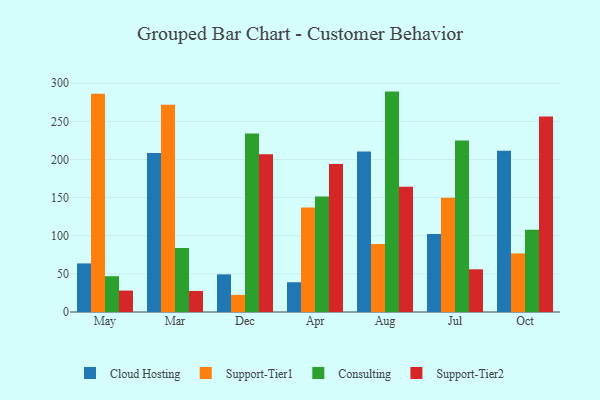
{"axis": {"x": "Month", "y": "Production Output"}, "legend": ["Cloud Hosting", "Consulting", "Support-Tier1", "Support-Tier2"], "data": [{"x": "May", "y": 63.7, "type": "Cloud Hosting"}, {"x": "May", "y": 286.3, "type": "Support-Tier1"}, {"x": "May", "y": 46.9, "type": "Consulting"}, {"x": "May", "y": 28.1, "type": "Support-Tier2"}, {"x": "Mar", "y": 208.4, "type": "Cloud Hosting"}, {"x": "Mar", "y": 271.7, "type": "Support-Tier1"}, {"x": "Mar", "y": 84.0, "type": "Consulting"}, {"x": "Mar", "y": 27.6, "type": "Support-Tier2"}, {"x": "Dec", "y": 49.4, "type": "Cloud Hosting"}, {"x": "Dec", "y": 22.4, "type": "Support-Tier1"}, {"x": "Dec", "y": 234.2, "type": "Consulting"}, {"x": "Dec", "y": 206.9, "type": "Support-Tier2"}, {"x": "Apr", "y": 39.0, "type": "Cloud Hosting"}, {"x": "Apr", "y": 136.9, "type": "Support-Tier1"}, {"x": "Apr", "y": 151.4, "type": "Consulting"}, {"x": "Apr", "y": 194.0, "type": "Support-Tier2"}, {"x": "Aug", "y": 210.5, "type": "Cloud Hosting"}, {"x": "Aug", "y": 89.2, "type": "Support-Tier1"}, {"x": "Aug", "y": 289.0, "type": "Consulting"}, {"x": "Aug", "y": 164.2, "type": "Support-Tier2"}, {"x": "Jul", "y": 102.2, "type": "Cloud Hosting"}, {"x": "Jul", "y": 149.8, "type": "Support-Tier1"}, {"x": "Jul", "y": 224.9, "type": "Consulting"}, {"x": "Jul", "y": 56.0, "type": "Support-Tier2"}, {"x": "Oct", "y": 211.6, "type": "Cloud Hosting"}, {"x": "Oct", "y": 76.8, "type": "Support-Tier1"}, {"x": "Oct", "y": 107.7, "type": "Consulting"}, {"x": "Oct", "y": 256.3, "type": "Support-Tier2"}]}